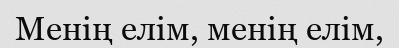
Менің елім, менің елім,